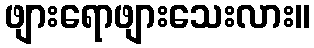
ဖျားရောဖျားသေးလား။